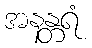
အနန္တရံ